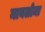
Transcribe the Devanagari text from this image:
मायलोमा